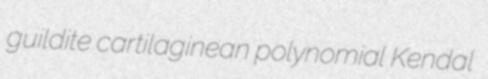
guildite cartilaginean polynomial Kendal